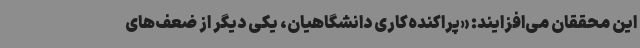
این محققان می‌افزایند: «پراکنده‌کاری دانشگاهیان، یکی دیگر از ضعف‌های